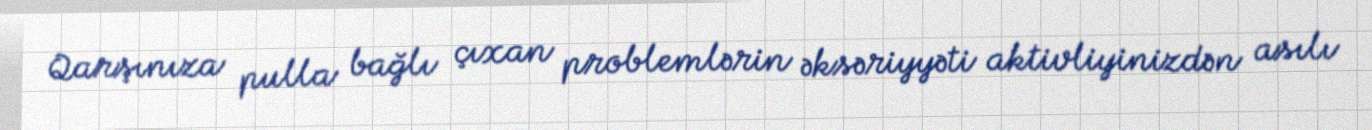
Qarşınıza pulla bağlı çıxan problemlərin əksəriyyəti aktivliyinizdən asılı